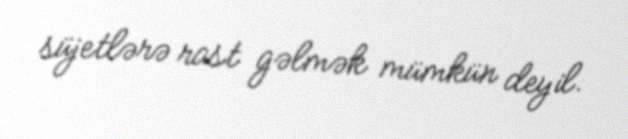
süjetlərə rast gəlmək mümkün deyil.